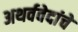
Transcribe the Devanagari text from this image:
अथर्ववेदांचे